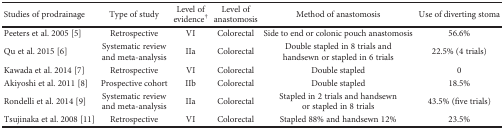
| Studies of prodrainage | Type of study | Level of evidence† | Level of anastomosis | Method of anastomosis | Use of diverting stoma |
 | --- | --- | --- | --- | --- | --- |
 | Peeters et al. 2005 [5] | Retrospective | VI | Colorectal | Side to end or colonic pouch anastomosis | 56.6% |
 | Qu et al. 2015 [6] | Systematic review and meta-analysis | IIa | Colorectal | Double stapled in 8 trials and handsewn or stapled in 6 trials | 22.5% (4 trials) |
 | Kawada et al. 2014 [7] | Retrospective | VI | Colorectal | Double stapled | 0 |
 | Akiyoshi et al. 2011 [8] | Prospective cohort | IIb | Colorectal | Double stapled | 18.5% |
 | Rondelli et al. 2014 [9] | Systematic review and meta-analysis | IIa | Colorectal | Stapled in 2 trials and handsewn or stapled in 8 trials | 43.5% (five trials) |
 | Tsujinaka et al. 2008 [11] | Retrospective | VI | Colorectal | Stapled 88% and handsewn 12% | 23.5% |